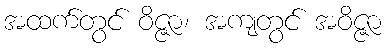
အထက်တွင် ဝိဇ္ဇာ၊ အကျတွင် အဝိဇ္ဇာ